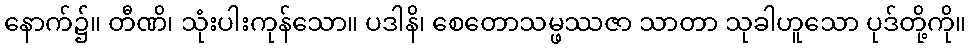
နောက်၌။ တီဏိ၊ သုံးပါးကုန်သော။ ပဒါနိ၊ စေတောသမ္ဖဿဇာ သာတာ သုခါဟူသော ပုဒ်တို့ကို။